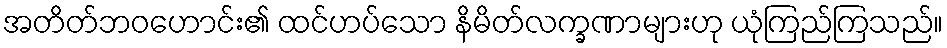
အတိတ်ဘဝဟောင်း၏ ထင်ဟပ်သော နိမိတ်လက္ခဏာများဟု ယုံကြည်ကြသည်။